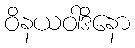
ဝိနယဝါဒိနော